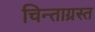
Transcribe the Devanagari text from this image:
चिन्ताग्रस्त